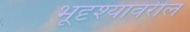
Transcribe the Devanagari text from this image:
भूदृश्यावरील